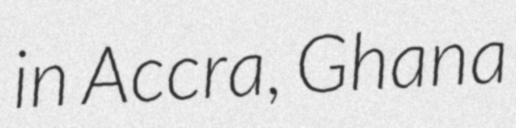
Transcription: in Accra, Ghana